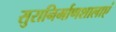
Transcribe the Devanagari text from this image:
सुरानिर्माणशालाएं